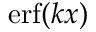
\mathrm { e r f } ( k x )